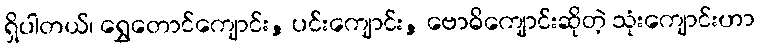
ရှိပါတယ်၊ ရွှေတောင်ကျောင်း, ပင်းကျောင်း, ဗောဓိကျောင်းဆိုတဲ့ သုံးကျောင်းဟာ